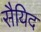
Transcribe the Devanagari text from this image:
सैयिद